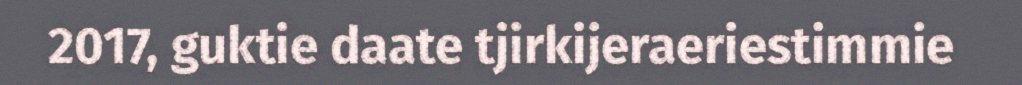
2017, guktie daate tjirkijeraeriestimmie